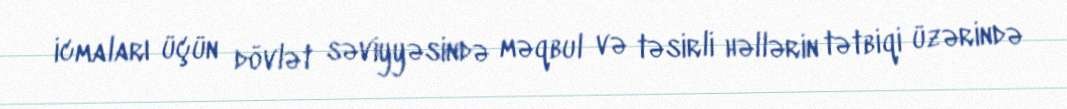
icmaları üçün dövlət səviyyəsində məqbul və təsirli həllərin tətbiqi üzərində